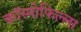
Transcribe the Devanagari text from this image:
कॉस्मोफिल्ला